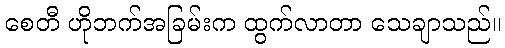
စေတီ ဟိုဘက်အခြမ်းက ထွက်လာတာ သေချာသည်။